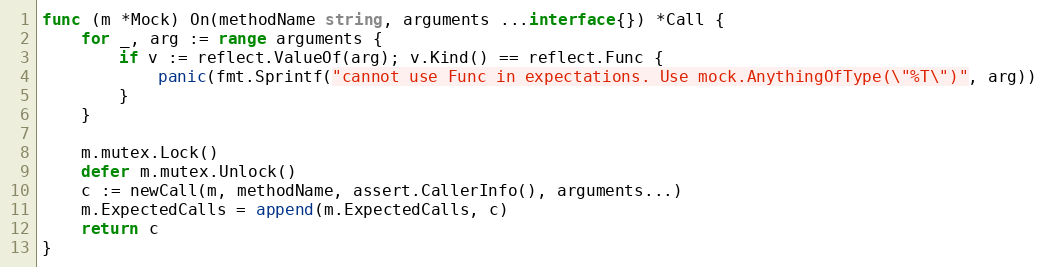
Language: Go
func (m *Mock) On(methodName string, arguments ...interface{}) *Call {
	for _, arg := range arguments {
		if v := reflect.ValueOf(arg); v.Kind() == reflect.Func {
			panic(fmt.Sprintf("cannot use Func in expectations. Use mock.AnythingOfType(\"%T\")", arg))
		}
	}

	m.mutex.Lock()
	defer m.mutex.Unlock()
	c := newCall(m, methodName, assert.CallerInfo(), arguments...)
	m.ExpectedCalls = append(m.ExpectedCalls, c)
	return c
}